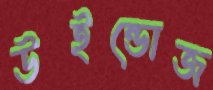
উইন্ডোজ